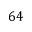
6 4